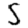
Digit: 5